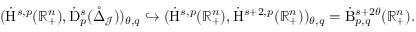
\begin{array} { r } { ( \dot { \mathrm { H } } ^ { s , p } ( \mathbb { R } _ { + } ^ { n } ) , \dot { \mathrm { D } } _ { p } ^ { s } ( \mathring { \Delta } _ { \mathcal { J } } ) ) _ { \theta , q } \hookrightarrow ( \dot { \mathrm { H } } ^ { s , p } ( \mathbb { R } _ { + } ^ { n } ) , \dot { \mathrm { H } } ^ { s + 2 , p } ( \mathbb { R } _ { + } ^ { n } ) ) _ { \theta , q } = \dot { \mathrm { B } } _ { p , q } ^ { s + 2 \theta } ( \mathbb { R } _ { + } ^ { n } ) \mathrm { . ~ } } \end{array}